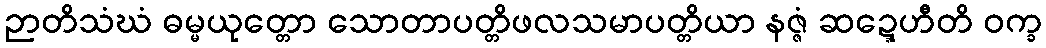
ဉာတိသံဃံ ဓမ္မယုတ္တော သောတာပတ္တိဖလသမာပတ္တိယာ နဇ္ဇံ ဆဍ္ဍေဟီတိ ဝက္ခ